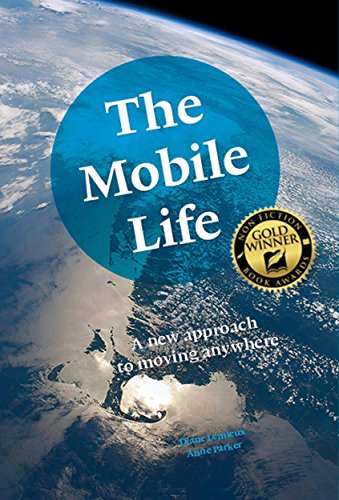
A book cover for The Mobile Life: A New Approach to Moving Anywhere; Diane Lemieux; Travel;